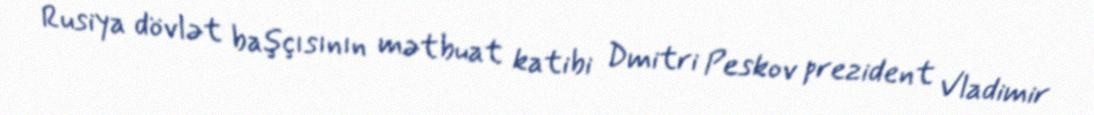
Rusiya dövlət başçısının mətbuat katibi Dmitri Peskov prezident Vladimir